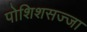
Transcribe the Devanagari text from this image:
पोशिशसज्जा